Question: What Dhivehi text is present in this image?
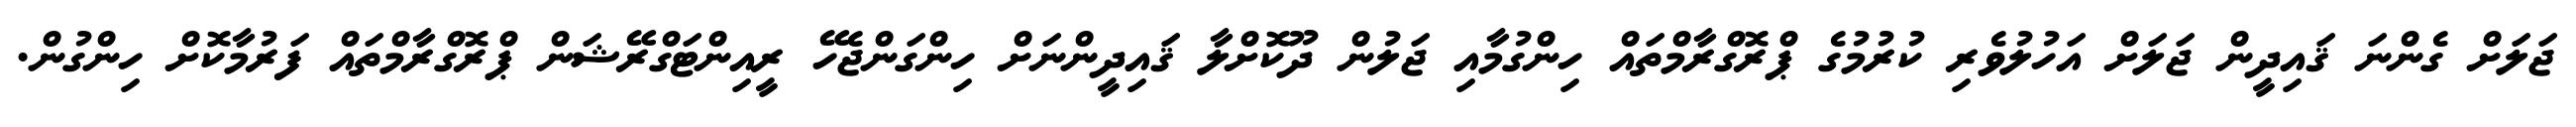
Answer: ޖަލަށް ގެންނަ ޤައިދީން ޖަލަށް އަހުލުވެރި ކުރުމުގެ ޕްރޮގްރާމްތައް ހިންގުމާއި ޖަލުން ދޫކޮށްލާ ޤައިދީންނަށް ހިންގަންޖެހޭ ރީއިންޓަގްރޭޝަން ޕްރޮގްރާމްތައް ފަރުމާކޮށް ހިންގުން.